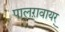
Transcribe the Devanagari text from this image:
पालऱावायर्